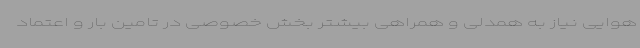
هوایی نیاز به همدلی و همراهی بیشتر بخش خصوصی در تامین بار و اعتماد